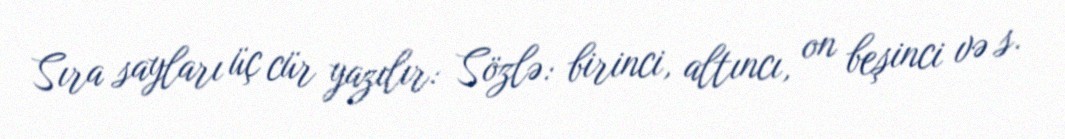
Sıra sayları üç cür yazılır: Sözlə: birinci, altıncı, on beşinci və s.